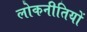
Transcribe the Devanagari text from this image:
लोकनीतियों